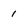
Character: 1